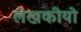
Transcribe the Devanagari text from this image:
लेखकीयो